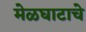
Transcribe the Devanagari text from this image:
मेळघाटाचे